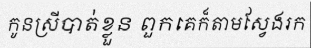
កូនស្រីបាត់ខ្លួន ពួកគេក៏តាមស្វែងរក